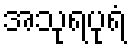
အသုရပုရံ